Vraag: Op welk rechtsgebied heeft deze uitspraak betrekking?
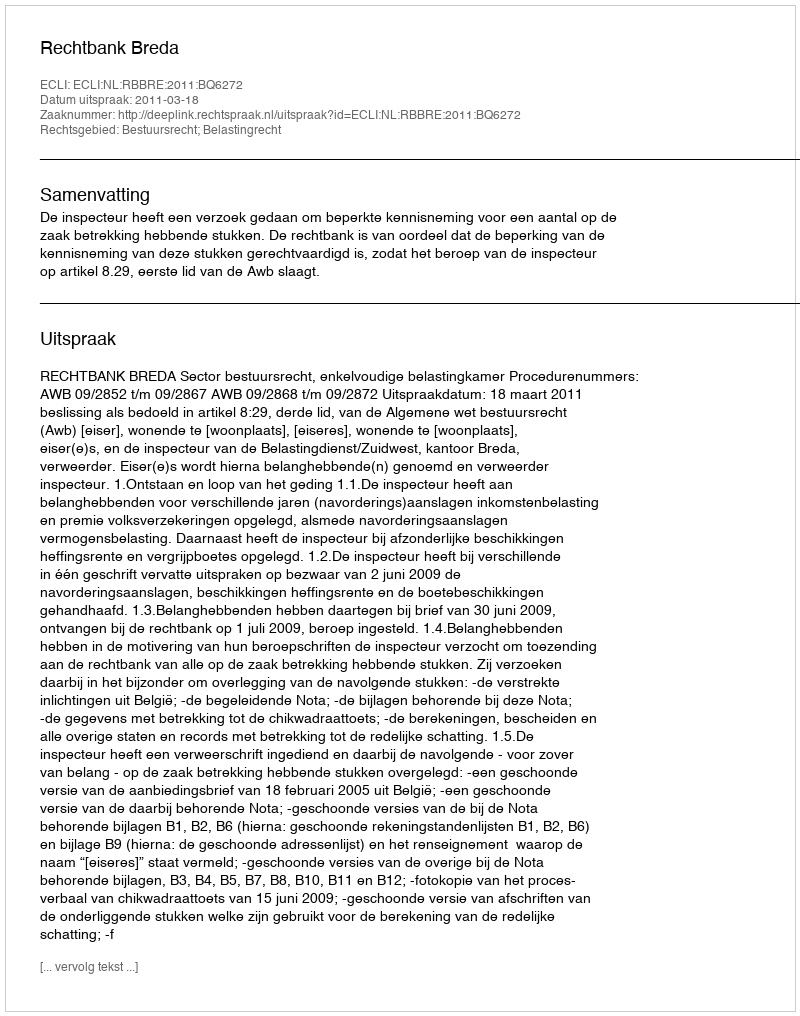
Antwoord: Bestuursrecht; Belastingrecht